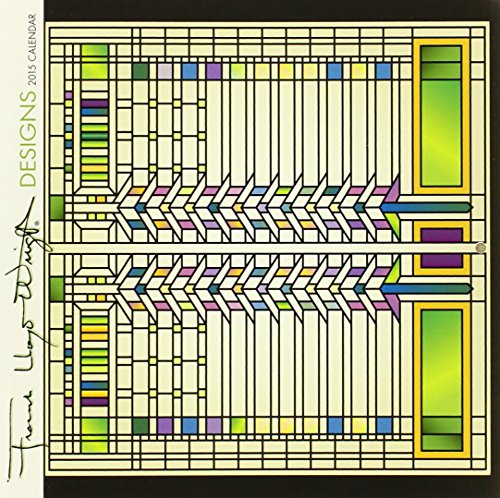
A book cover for Frank Lloyd Wright Designs 2015 Calendar; Calendars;